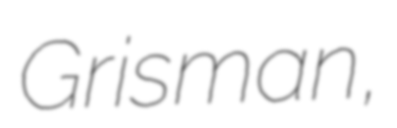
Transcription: Grisman,